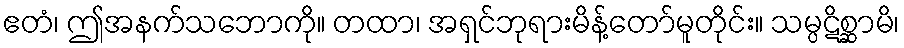
ဧတံ၊ ဤအနက်သဘောကို။ တထာ၊ အရှင်ဘုရားမိန့်တော်မူတိုင်း။ သမ္ပဋိစ္ဆာမိ၊